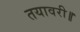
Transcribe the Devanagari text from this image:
तयावरी॥